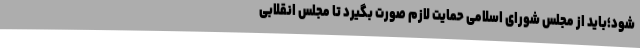
شود؛باید از مجلس شورای اسلامی حمایت لازم صورت بگیرد تا مجلس انقلابی